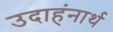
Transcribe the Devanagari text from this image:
उदाहंनार्थ